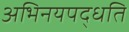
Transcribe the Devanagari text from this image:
अभिनयपद्धति